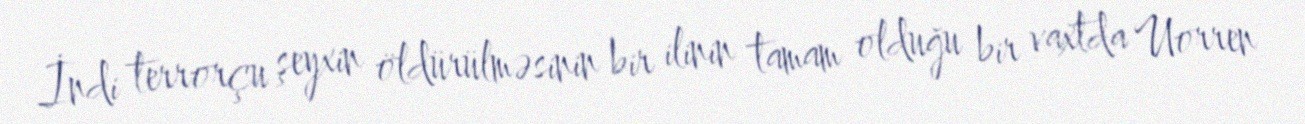
İndi terrorçu şeyxin öldürülməsinin bir ilinin tamam olduğu bir vaxtda Uorren